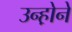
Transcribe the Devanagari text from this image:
उन्ह़ोने